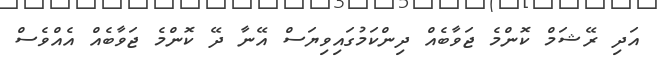
އަދި ރޭޝަމް ކޮންމެ ޖަވާބެއް ދިންކަމުގައިވިޔަސް އޭނާ ދޭ ކޮންމެ ޖަވާބެއް އެއްވެސް